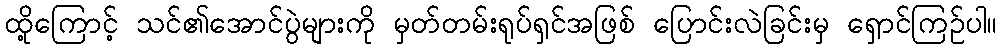
ထို့ကြောင့် သင်၏အောင်ပွဲများကို မှတ်တမ်းရုပ်ရှင်အဖြစ် ပြောင်းလဲခြင်းမှ ရှောင်ကြဉ်ပါ။